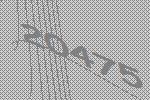
20475